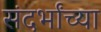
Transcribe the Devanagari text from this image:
संदर्भांच्या